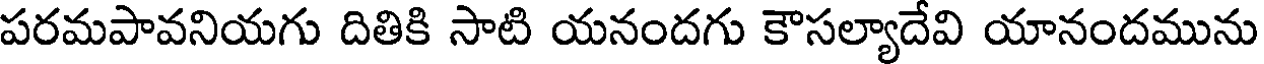
పరమపావనియగు దితికి సాటి యనందగు కౌసల్యాదేవి యానందమును